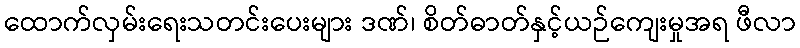
ထောက်လှမ်းရေးသတင်းပေးများ ဒဏ်၊ စိတ်ဓာတ်နှင့်ယဉ်ကျေးမှုအရ ဖီလာ